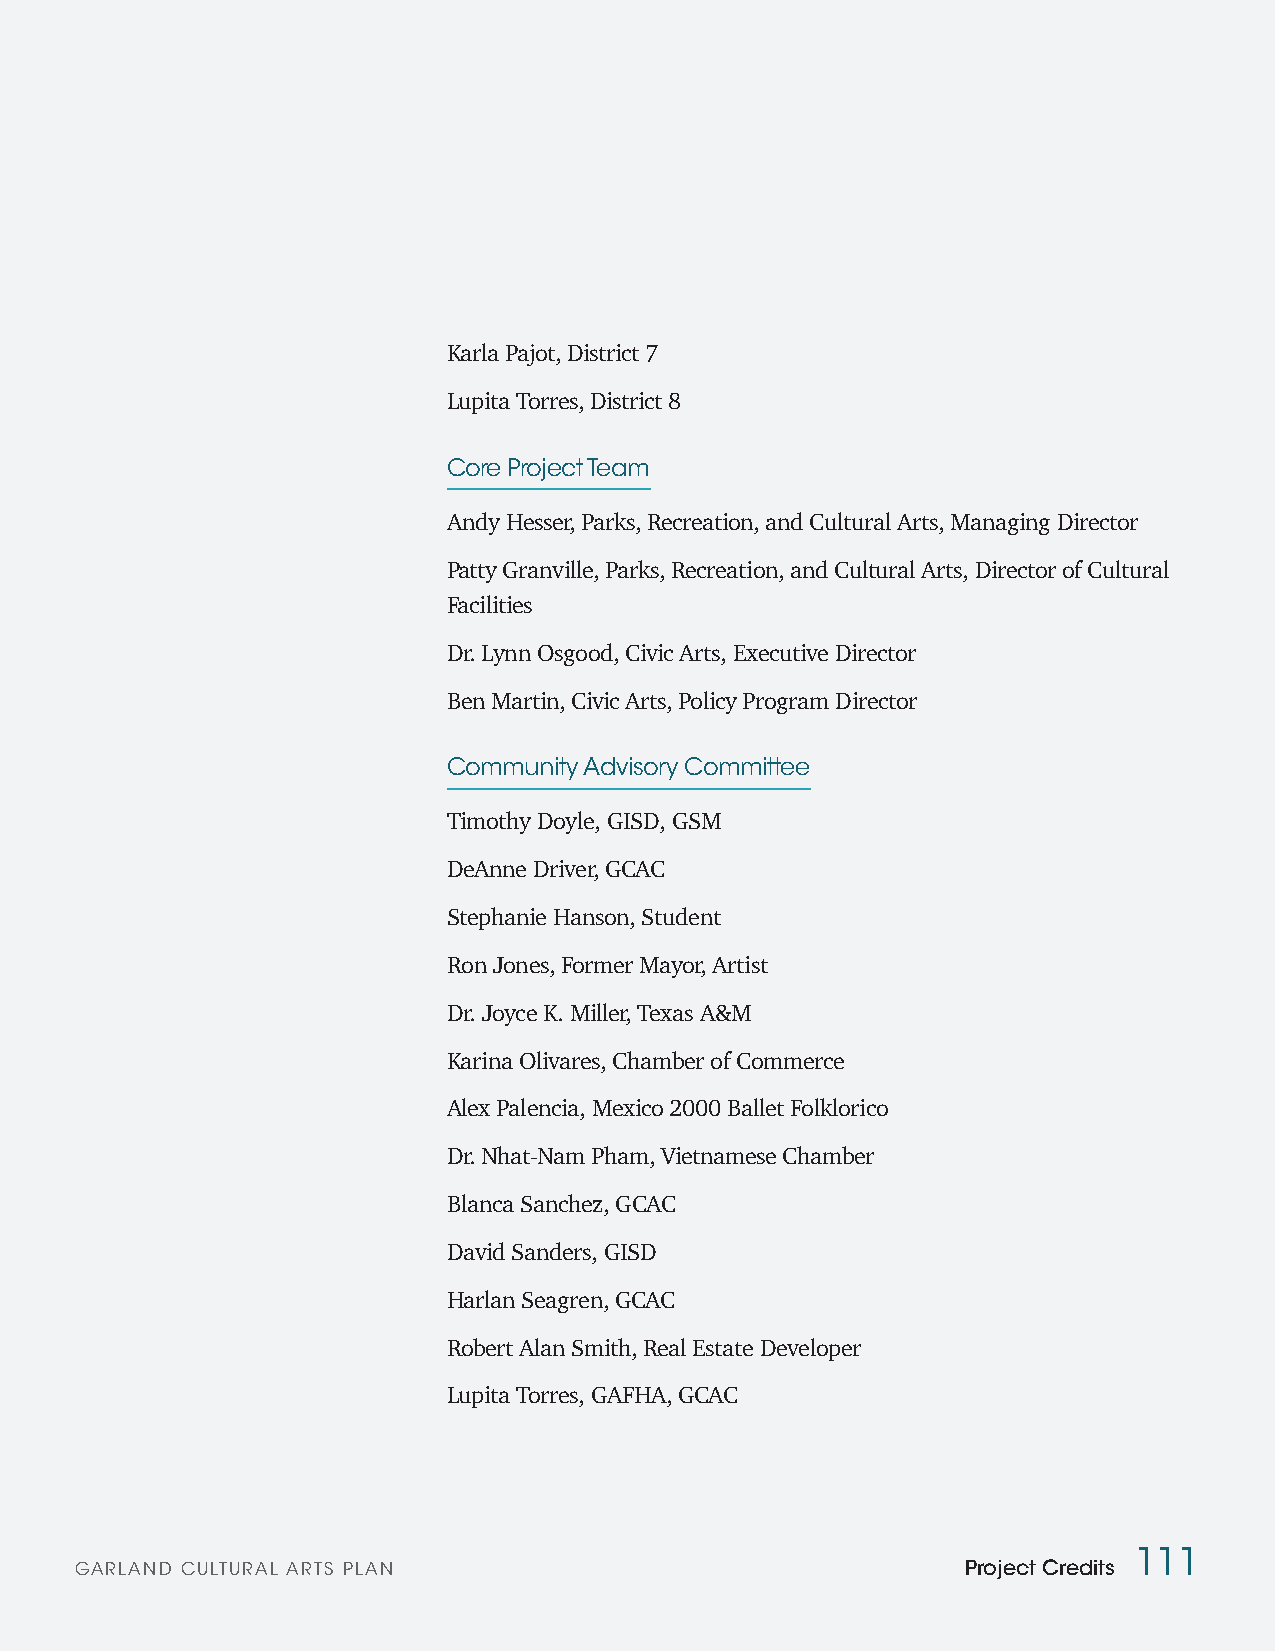
Karla Pajot, District 7
 Lupita Torres, District 8
 Core Project Team
 Andy Hesser, Parks, Recreation, and Cultural Arts, Managing Director
 Patty Granville, Parks, Recreation, and Cultural Arts, Director of Cultural
 Facilities
 Dr. Lynn Osgood, Civic Arts, Executive Director
 Ben Martin, Civic Arts, Policy Program Director
 Community Advisory Committee
 Timothy Doyle, GISD, GSM
 DeAnne Driver, GCAC
 Stephanie Hanson, Student
 Ron Jones, Former Mayor, Artist
 Dr. Joyce K. Miller, Texas A&M
 Karina Olivares, Chamber of Commerce
 Alex Palencia, Mexico 2000 Ballet Folklorico
 Dr. Nhat-Nam Pham, Vietnamese Chamber
 Blanca Sanchez, GCAC
 David Sanders, GISD
 Harlan Seagren, GCAC
 Robert Alan Smith, Real Estate Developer
 Lupita Torres, GAFHA, GCAC
 111
 GARLAND CULTURAL ARTS PLAN                                 Project Credits